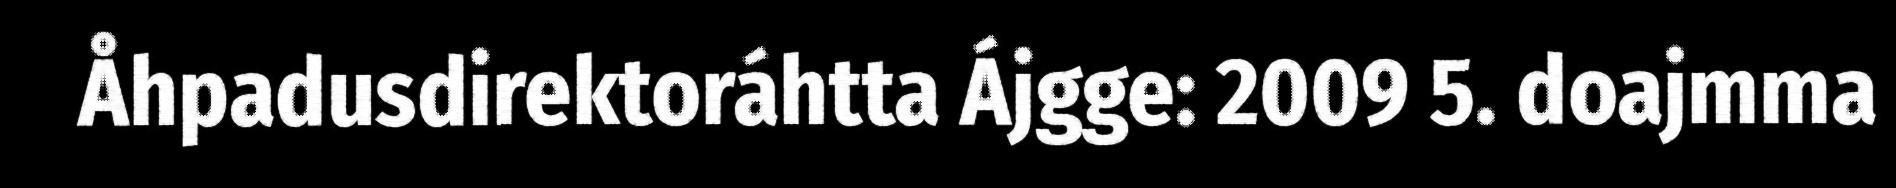
Åhpadusdirektoráhtta Ájgge: 2009 5. doajmma